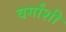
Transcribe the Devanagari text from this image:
वर्गांशी